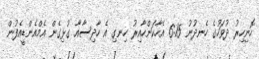
ހޮނިހިރު ދުވަހުގެ ހެނދުނު 6:15 އެހާކަންހާއިރު ހިނގި އެ ހާދިސާއާ ގުޅިގެން އެމްއެންޑީއެފުން